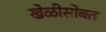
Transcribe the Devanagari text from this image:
खेळीसोबत